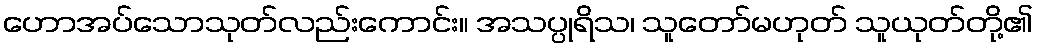
ဟောအပ်သောသုတ်လည်းကောင်း။ အသပ္ပုရိသ၊ သူတော်မဟုတ် သူယုတ်တို့၏